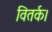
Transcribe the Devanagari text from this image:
वितर्क।